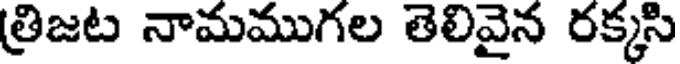
త్రిజట నామముగల తెలివైన రక్కసి